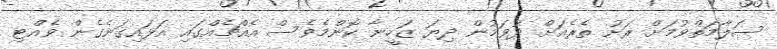
ސަލާމަތްވުމަށް ރަށު ތެރެއަށް ދުވަމުން ދިޔަ ޒަހީނާ ކޮންމެވެސް އެއްޗެއްގައި އަޅައިގަނެގެން ވެއްޓި